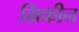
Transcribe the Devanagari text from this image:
ग्रिफीन